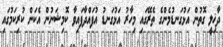
ދާޚިލީ ގޮތުން އަޅުގަނޑުމެންގެ ތެރޭގައި މިހާރު އަޅުގަނޑު އުފައްދާފައިވާ ކޮމިޝަނުން އެކަން ކުރިކަމުގައި